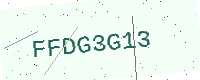
Text: FFDG3G13